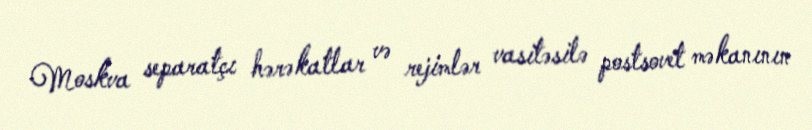
Moskva separatçı hərəkatlar və rejimlər vasitəsilə postsovet məkanının